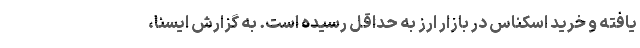
یافته و خرید اسکناس در بازار ارز به حداقل رسیده است. به گزارش ایسنا،